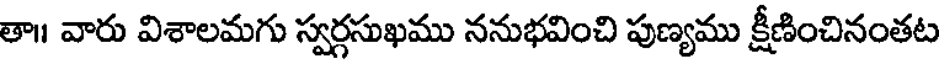
తా॥ వారు విశాలమగు స్వర్గసుఖము ననుభవించి పుణ్యము క్షీణించినంతట